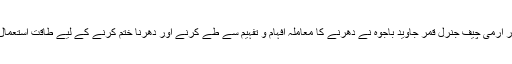
ذرائع کے مطابق وزیرِ اعظم اور آرمی چیف جنرل قمر جاوید باجوہ نے دھرنے کا معاملہ افہام و تفہیم سے طے کرنے اور دھرنا ختم کرنے کے لیے طاقت استعمال نہ کرنے پر بھی اتفاق کیا ہے۔